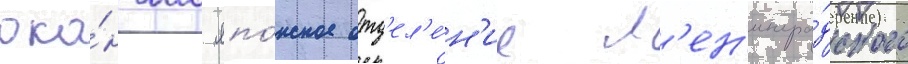
око́нчил япо́нское отд'ел'е́н'ие л'ен'ингра́дского